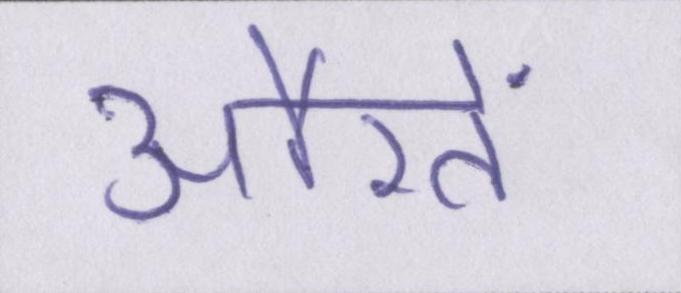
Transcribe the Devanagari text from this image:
औरतें